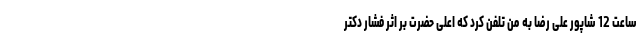
ساعت 12 شاپور علی رضا به من تلفن کرد که اعلی حضرت بر اثر فشار دکتر